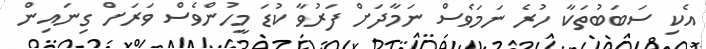
އެކި ސަބަބުތަކާ ހުރެ ނަމަވެސް ނަމާދަށް ފަރުވާ ކުޑަ މީހުންވެސް ވަރަށް ގިނައިން